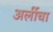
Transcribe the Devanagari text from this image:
अर्लीचा